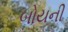
બોયની